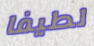
لطيفا